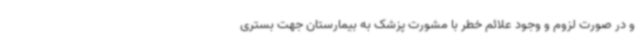
و در صورت لزوم و وجود علائم خطر با مشورت پزشک به بیمارستان‌ جهت بستری